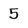
Character: 5